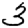
Digit: 3